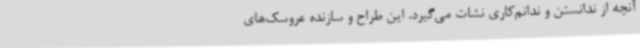
آنچه از ندانستن و ندانم‌کاری نشات می‌گیرد. این طراح و سازنده عروسک‌های